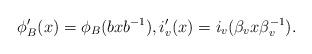
LaTeX: \begin{align*}\phi'_B (x) = \phi_B (b x b^{-1}), i'_v (x) = i_v ( \beta_v x \beta_v^{-1}).\end{align*}